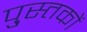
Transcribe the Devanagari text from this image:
पु्स्तकों